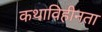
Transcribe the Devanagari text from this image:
कथाविहीनता